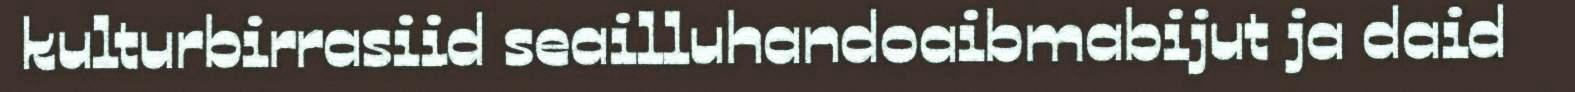
kulturbirrasiid seailluhandoaibmabijut ja daid